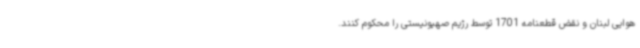
هوایی لبنان و نقض قطعنامه 1701 توسط رژیم صهیونیستی را محکوم کنند.